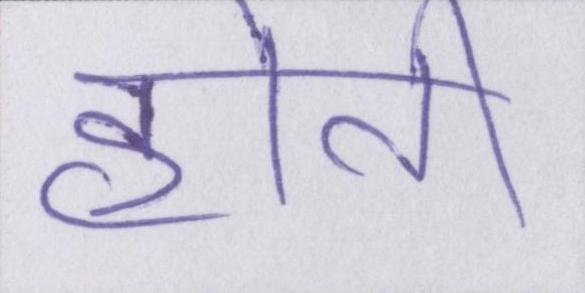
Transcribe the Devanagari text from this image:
होती